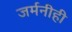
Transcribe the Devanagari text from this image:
जर्मनीही